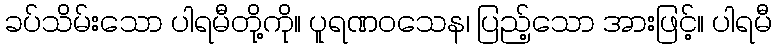
ခပ်သိမ်းသော ပါရမီတို့ကို။ ပူရဏဝသေန၊ ပြည့်သော အားဖြင့်။ ပါရမီ